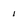
Character: 1